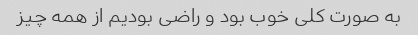
به صورت کلی خوب بود و راضی بودیم از همه چیز